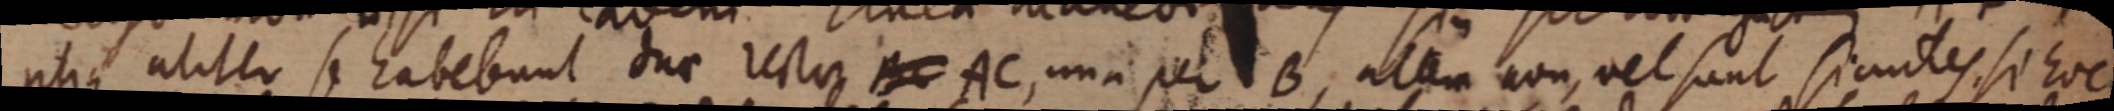
utique aliter se habebunt due recta _ AC, una per B, altera non, vel sunt si antes se hoc